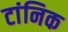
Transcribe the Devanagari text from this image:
टांनिक